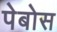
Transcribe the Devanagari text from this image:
पेबोस